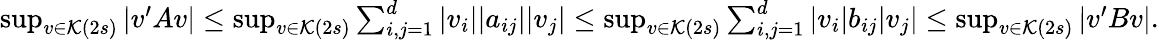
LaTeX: \begin{array}{r}{\operatorname*{sup}_{v\in\mathcal{K}(2s)}|v^{\prime}Av|\leq\operatorname*{sup}_{v\in\mathcal{K}(2s)}\sum_{i,j=1}^{d}|v_{i}||a_{ij}||v_{j}|\leq\operatorname*{sup}_{v\in\mathcal{K}(2s)}\sum_{i,j=1}^{d}|v_{i}|b_{ij}|v_{j}|\leq\operatorname*{sup}_{v\in\mathcal{K}(2s)}|v^{\prime}Bv|.}\end{array}